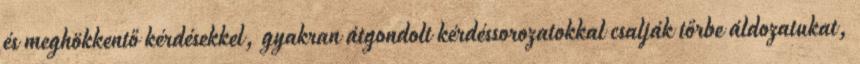
és meghökkentő kérdésekkel, gyakran átgondolt kérdéssorozatokkal csalják tőrbe áldozatukat,